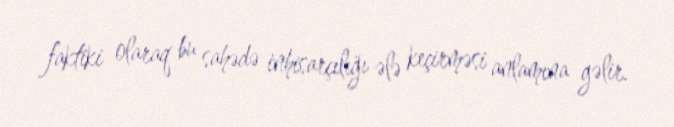
faktiki olaraq bu sahədə inhisarçılığı ələ keçirməsi anlamına gəlir.